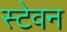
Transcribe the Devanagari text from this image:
स्टेवन